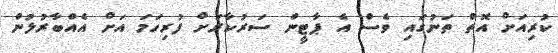
ކުރިއަށް އޮތް ތަނުގައި ވެސް އެ ޕާޓީން ސަރުކާރަށް ފުރިހަމަ އަށް އެއްބާރުލުން